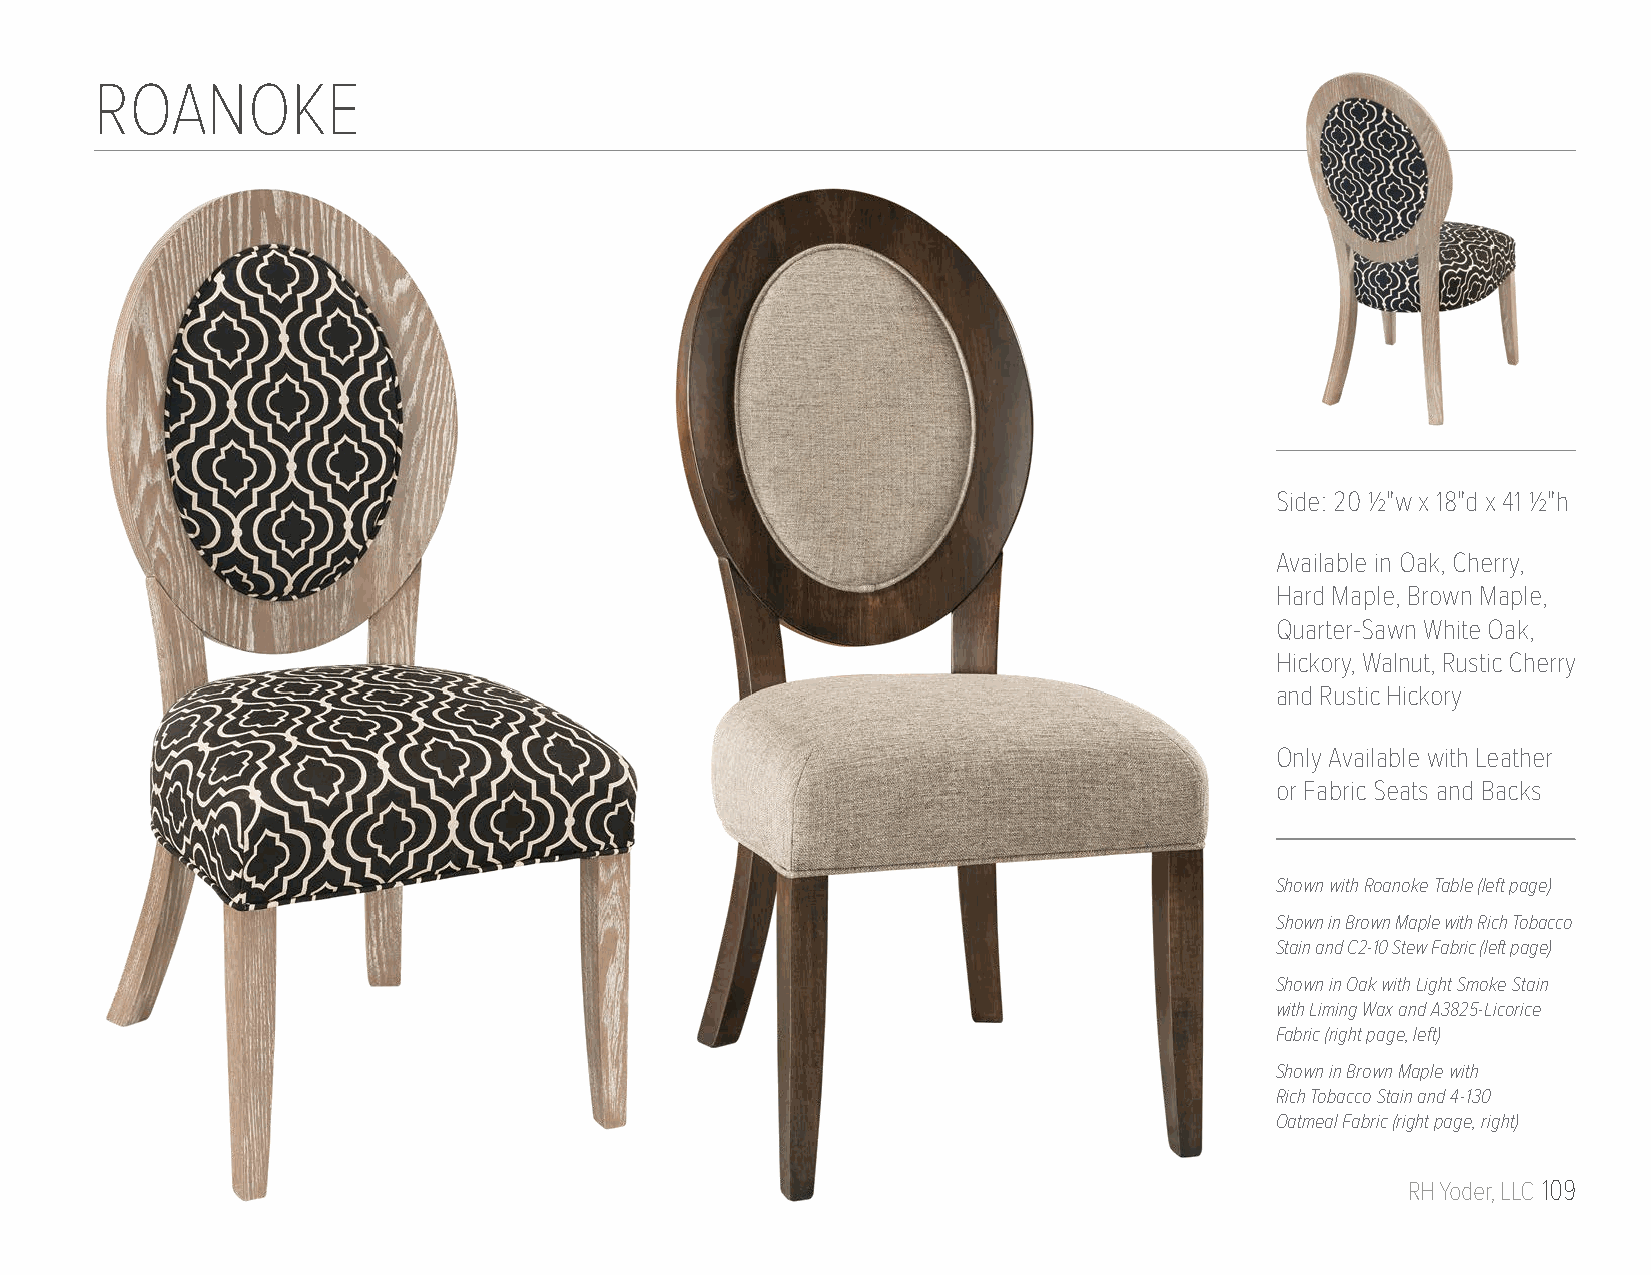
ROANOKE
 Side: 20 1/2"w x 18"d x 41 1/2"h
 Available in Oak, Cherry,
 Hard Maple, Brown Maple,
 Quarter-Sawn White Oak,
 Hickory, Walnut, Rustic Cherry
 and Rustic Hickory
 Only Available with Leather
 or Fabric Seats and Backs
 Shown with Roanoke Table (left page)
 Shown in Brown Maple with Rich Tobacco
 Stain and C2-10 Stew Fabric (left page)
 Shown in Oak with Light Smoke Stain
 with Liming Wax and A3825-Licorice
 Fabric (right page, left)
 Shown in Brown Maple with
 Rich Tobacco Stain and 4-130
 Oatmeal Fabric (right page, right)
 RH Yoder, LLC 109